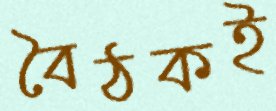
বৈঠকই